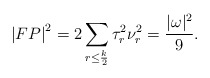
\begin{align*}\left|FP\right|^2=2\sum_{r \leq \frac{k}{2}} \tau_r^2\nu_r^2 = \frac{|\omega|^2}{9}.\end{align*}